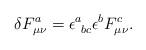
LaTeX: \begin{align*}\delta F^a_{\mu\nu} = \epsilon^a_{\ bc}\epsilon^b F^c_{\mu \nu}.\end{align*}